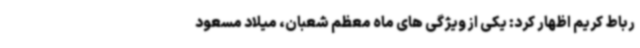
رباط کریم اظهار کرد: یکی از ویژگی های ماه معظم شعبان، میلاد مسعود